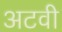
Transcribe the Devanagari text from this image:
अटवी